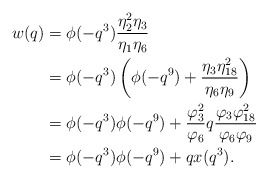
\begin{align*}w(q) &= \phi(-q^3)\frac{\eta_2^2\eta_3}{\eta_1\eta_6}\\&= \phi(-q^3)\left(\phi(-q^9)+\frac{\eta_3\eta_{18}^2}{\eta_6\eta_9}\right)\\&= \phi(-q^3)\phi(-q^9)+\frac{\varphi_3^2}{\varphi_6}q\frac{\varphi_3\varphi_{18}^2}{\varphi_6\varphi_9}\\&=\phi(-q^3)\phi(-q^9)+qx(q^3).\end{align*}